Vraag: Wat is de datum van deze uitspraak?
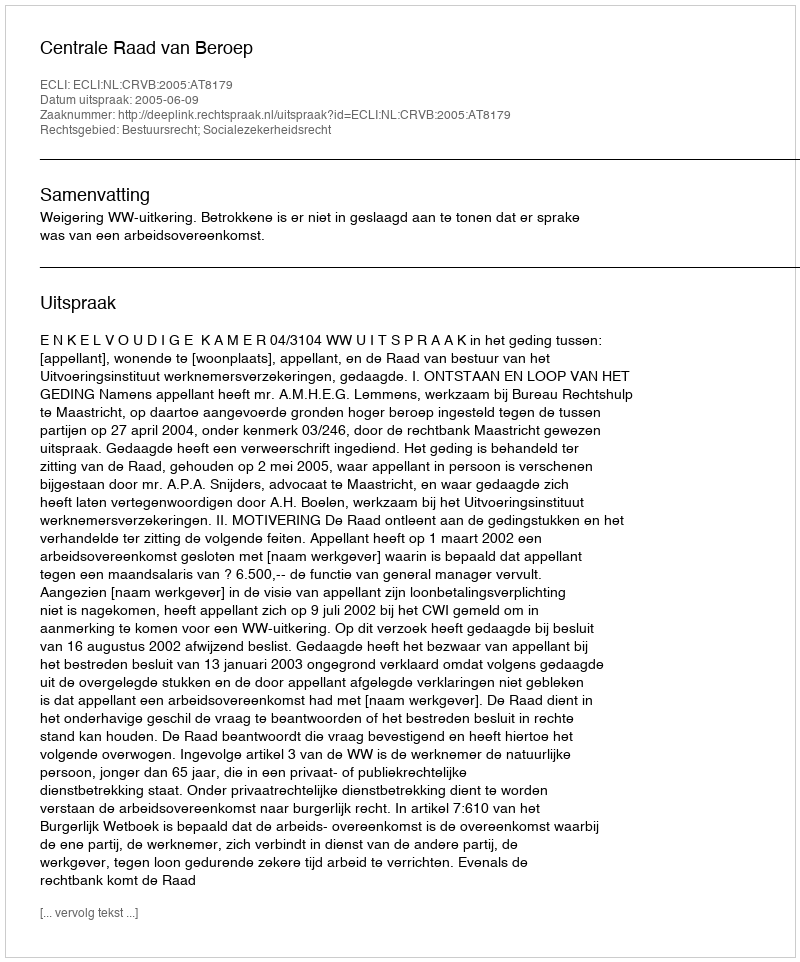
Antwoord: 2005-06-09